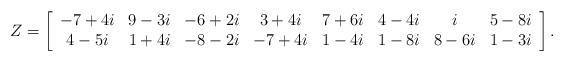
LaTeX: \begin{align*}Z=\left[\begin{array}{cccccccc}-7+4i&9-3i&-6+2i&3+4i&7+6i&4-4i&i&5-8i\\4-5i&1+4i&-8-2i&-7+4i&1-4i&1-8i&8-6i&1-3i\\\end{array}\right].\end{align*}